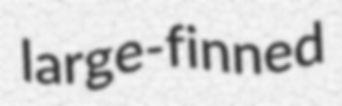
large-finned